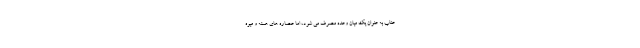
عناب به عنوان یک میان وعده مصرف می شود، اما عصاره های هسته و میوه